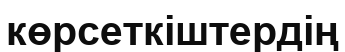
көрсеткіштердің